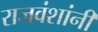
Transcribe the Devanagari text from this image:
राजवंशांनी